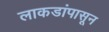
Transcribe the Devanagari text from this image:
लाकडांपासून